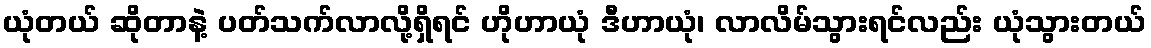
ယုံတယ် ဆိုတာနဲ့ ပတ်သက်လာလို့ရှိရင် ဟိုဟာယုံ ဒီဟာယုံ၊ လာလိမ်သွားရင်လည်း ယုံသွားတယ်